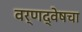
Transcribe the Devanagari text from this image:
वर्णद्वेषचा